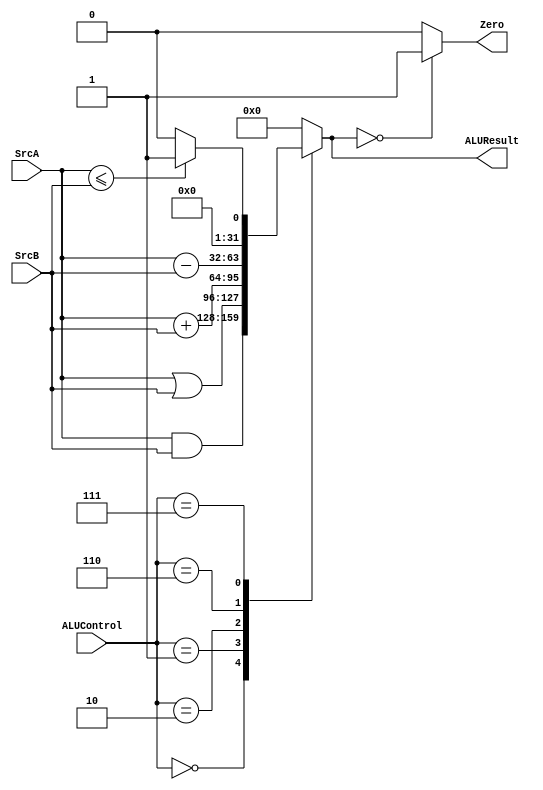
`timescale 1ns / 1ps
//////////////////////////////////////////////////////////////////////////////////
// Company: 
// Engineer: 
// 
// Design Name: 
// Module Name:    alu 
// Project Name: 
// Target Devices: 
// Tool versions: 
// Description: 
//
// Dependencies: 
//
// Revision: 
// Revision 0.01 - File Created
// Additional Comments: 
//
//////////////////////////////////////////////////////////////////////////////////
module alu(
	input [31:0]SrcA,
	input [31:0]SrcB,
	input [2:0]ALUControl,
	output reg Zero,
	output reg [31:0]ALUResult
    );
parameter	A_AND	= 3'b000;
parameter	A_OR	= 3'b001;
parameter	A_ADD	= 3'b010;
parameter	A_SUB = 3'b110;
parameter	A_SOLT = 3'b111;

always@(*)
begin
	case(ALUControl)
		A_AND: 	ALUResult<=SrcA&SrcB;
		A_OR:	 	ALUResult<=SrcA|SrcB;
		A_ADD: 	ALUResult<=SrcA+SrcB;
		A_SUB: 	ALUResult<=SrcA-SrcB;
		A_SOLT:
		begin
					if(SrcA<=SrcB)
						ALUResult<=1;
					else ALUResult<=0;
		end
		default: ALUResult<=0;
	endcase
	if(ALUResult==0)
		Zero<=1;
	else Zero<=0;
end

endmodule